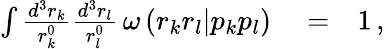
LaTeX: \begin{array}{rlr}{\int\frac{d^{3}r_{k}}{r_{k}^{0}}\frac{d^{3}r_{l}}{r_{l}^{0}}\, \omega\left(r_{k}r_{l}|p_{k}p_{l}\right)}&{{}=}&{1\, ,}\end{array}